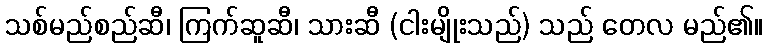
သစ်မည်စည်ဆီ၊ ကြက်ဆူဆီ၊ သားဆီ (ငါးမျိုးသည်) သည် တေလ မည်၏။